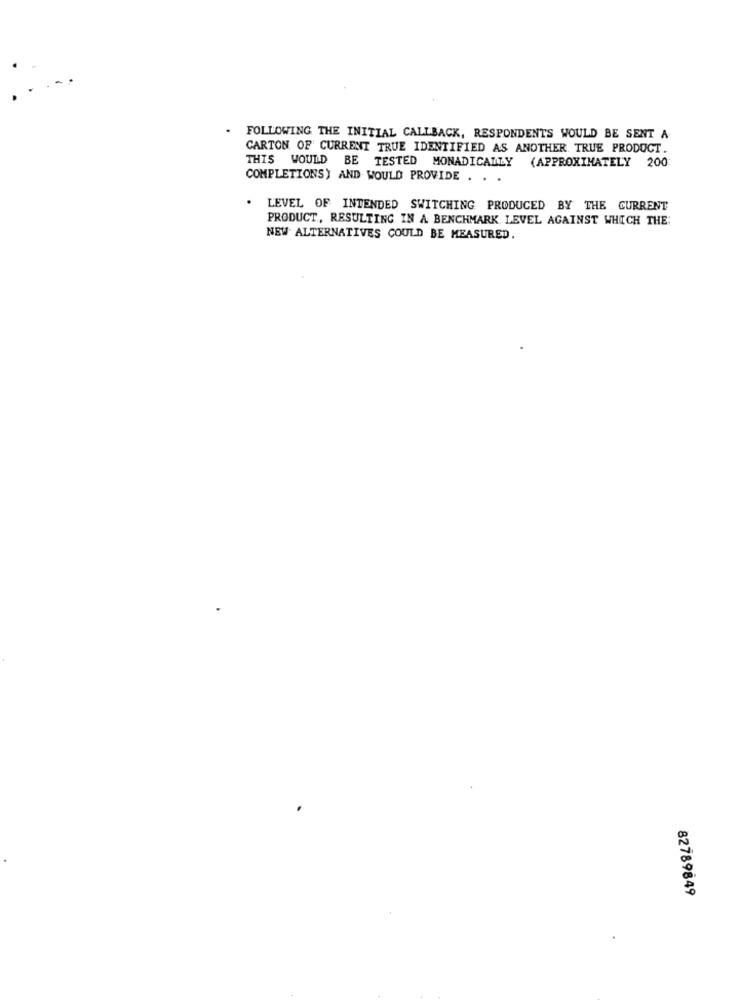
.
FOLLOWING THE INITIAL CALLBACK, RESPONDENTS WOULD BE SENT A
CARTON OF CURRENT TRUE IDENTIFIED AS ANOTHER TRUE PRODUCT.
THIS WOULD BE TESTED MONADICALLY (APPROXIMATELY 200
COMPLETIONS) AND WOULD PROVIDE . . .
LEVEL OF INTENDED SWITCHING PRODUCED BY THE CURRENT
PRODUCT, RESULTING IN A BENCHMARK LEVEL AGAINST WHICH THE:
NEW ALTERNATIVES COULD BE MEASURED.
82789849